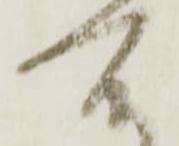
所